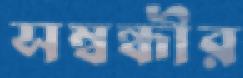
সম্বন্ধীর